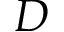
D